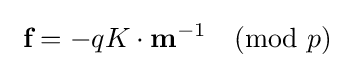
\ {\textbf {f}}=-qK\cdot {\textbf {m}}^{-1}{\pmod {p}}